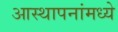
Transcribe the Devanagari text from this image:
आस्‍थापनांमध्‍ये